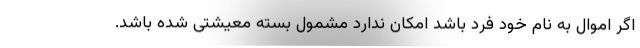
اگر اموال به نام خود فرد باشد امکان ندارد مشمول بسته معیشتی شده باشد.